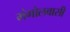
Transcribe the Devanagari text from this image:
मंगोलवासी